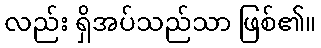
လည်း ရှိအပ်သည်သာ ဖြစ်၏။